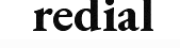
redial